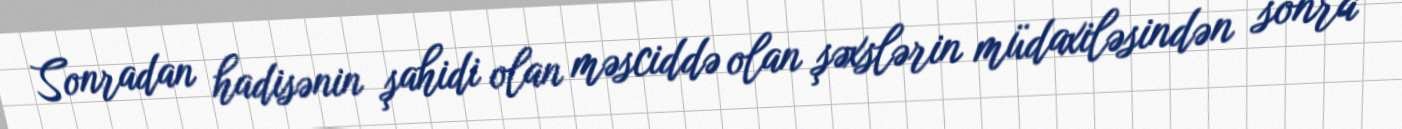
Sonradan hadisənin şahidi olan məsciddə olan şəxslərin müdaxiləsindən sonra